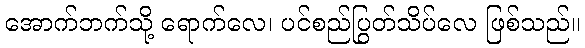
အောက်ဘက်သို့ ရောက်လေ၊ ပင်စည်ပြွတ်သိပ်လေ ဖြစ်သည်။